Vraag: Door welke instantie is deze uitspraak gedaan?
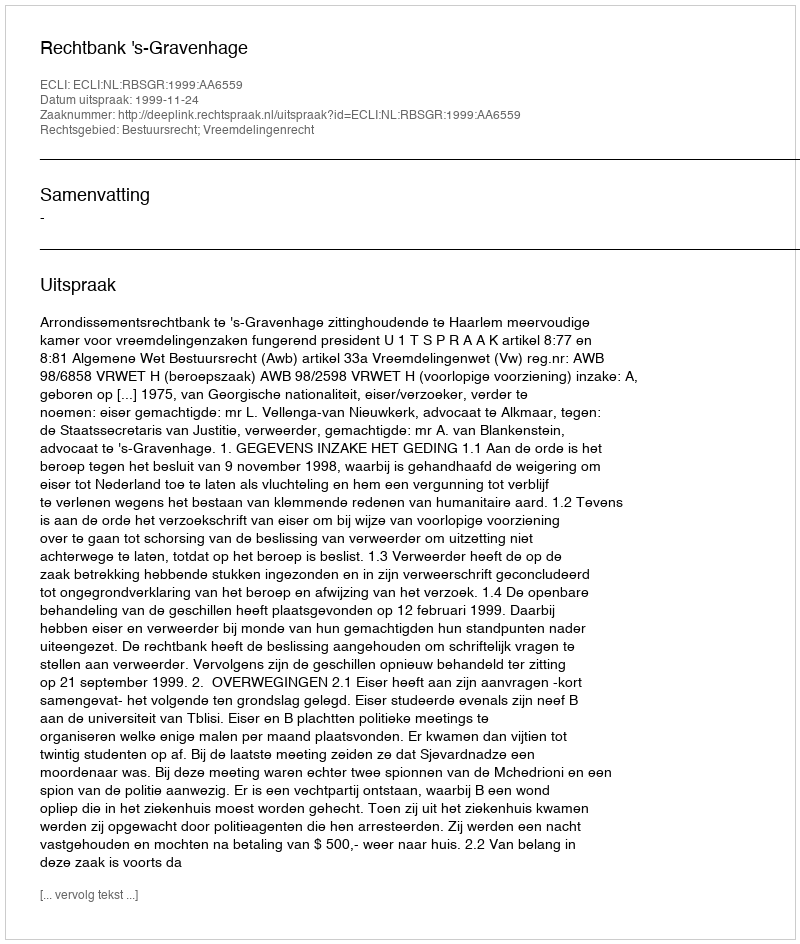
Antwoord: Rechtbank 's-Gravenhage